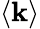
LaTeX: \left\langle\mathbf{k}\right\rangle